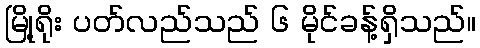
မြို့ရိုး ပတ်လည်သည် ၆ မိုင်ခန့်ရှိသည်။